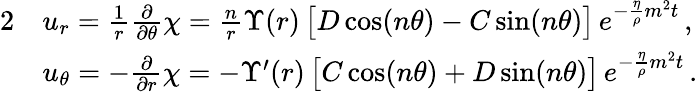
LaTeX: \begin{array}{rl}{{2}}&{u_{r}=\frac{1}{r}\frac{\partial}{\partial\theta}\chi=\frac{n}{r}\Upsilon(r)\, \big[D\cos(n\theta)-C\sin(n\theta)\big]\, e^{-\frac{\eta}{\rho}m^{2}t}\, ,}\\ &{u_{\theta}=-\frac{\partial}{\partial r}\chi=-\Upsilon^{\prime}(r)\, \big[C\cos(n\theta)+D\sin(n\theta)\big]\, e^{-\frac{\eta}{\rho}m^{2}t}\, .}\end{array}